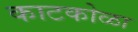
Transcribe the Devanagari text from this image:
काटकोळा